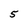
Character: 5